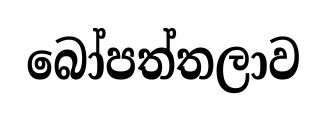
බෝපත්තලාව